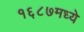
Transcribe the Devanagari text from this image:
१६८७मध्ये